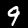
Label: 9